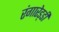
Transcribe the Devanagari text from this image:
रंगारेड्‍डी